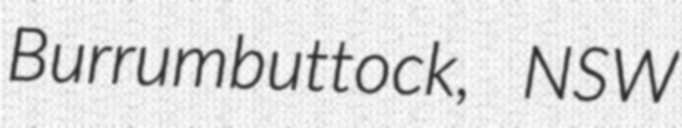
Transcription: Burrumbuttock, NSW